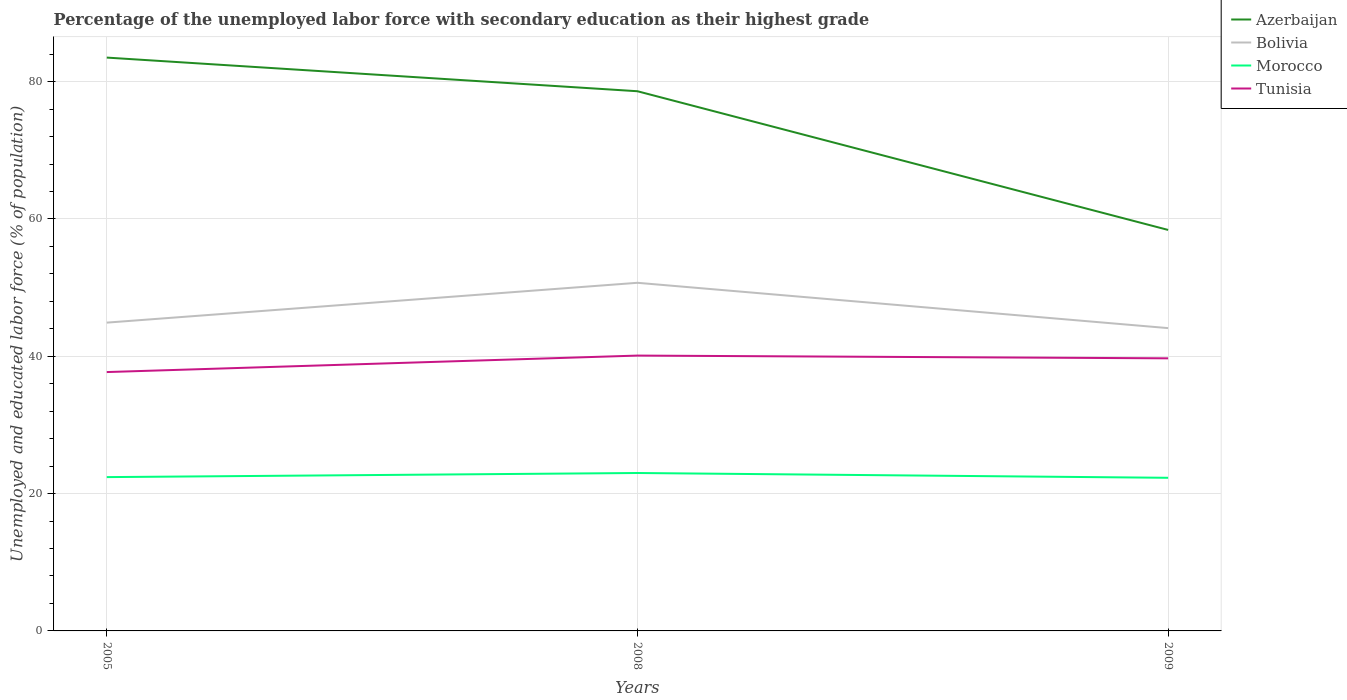
| Years | Azerbaijan | Bolivia | Morocco | Tunisia |
 | --- | --- | --- | --- | --- |
 | 2005 | 83.5 | 44.9 | 22.4 | 37.7 |
 | 2008 | 78.6 | 50.7 | 23 | 40.1 |
 | 2009 | 58.4 | 44.1 | 22.3 | 39.7 |